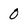
Character: 0